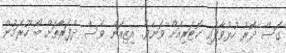
ގޮސް ދޮރު ހުޅުވާފައި ކޮޓަރިއަށް ވަނެވެ. އިޒިއަން ވެސް ދެފަރާތަށް ބޯ ހޫރަމުން